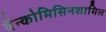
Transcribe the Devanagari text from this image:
वैन्कोमिसिनशामिल